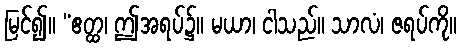
မြင်၍။ “ဧတ္ထ၊ ဤအရပ်၌။ မယာ၊ ငါသည်။ သာလံ၊ ဇရပ်ကို။